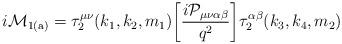
LaTeX: \begin{align*}{i \cal M}_{\rm 1(a)} = \tau_2^{\mu\nu}(k_1,k_2,m_1)\bigg[ \frac{i{\cal P}_{\mu\nu\alpha\beta}}{q^2}\bigg] \tau_2^{\alpha\beta}(k_3,k_4,m_2)\end{align*}